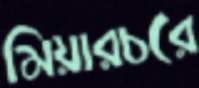
মিয়ারচরে